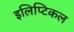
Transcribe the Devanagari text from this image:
इलिप्टिकल